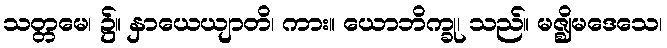
သတ္တမေ၊ ၌။ နှာယေယျာတိ၊ ကား။ ယောဘိက္ခု၊ သည်။ မဇ္ဈိမဒေသေ၊